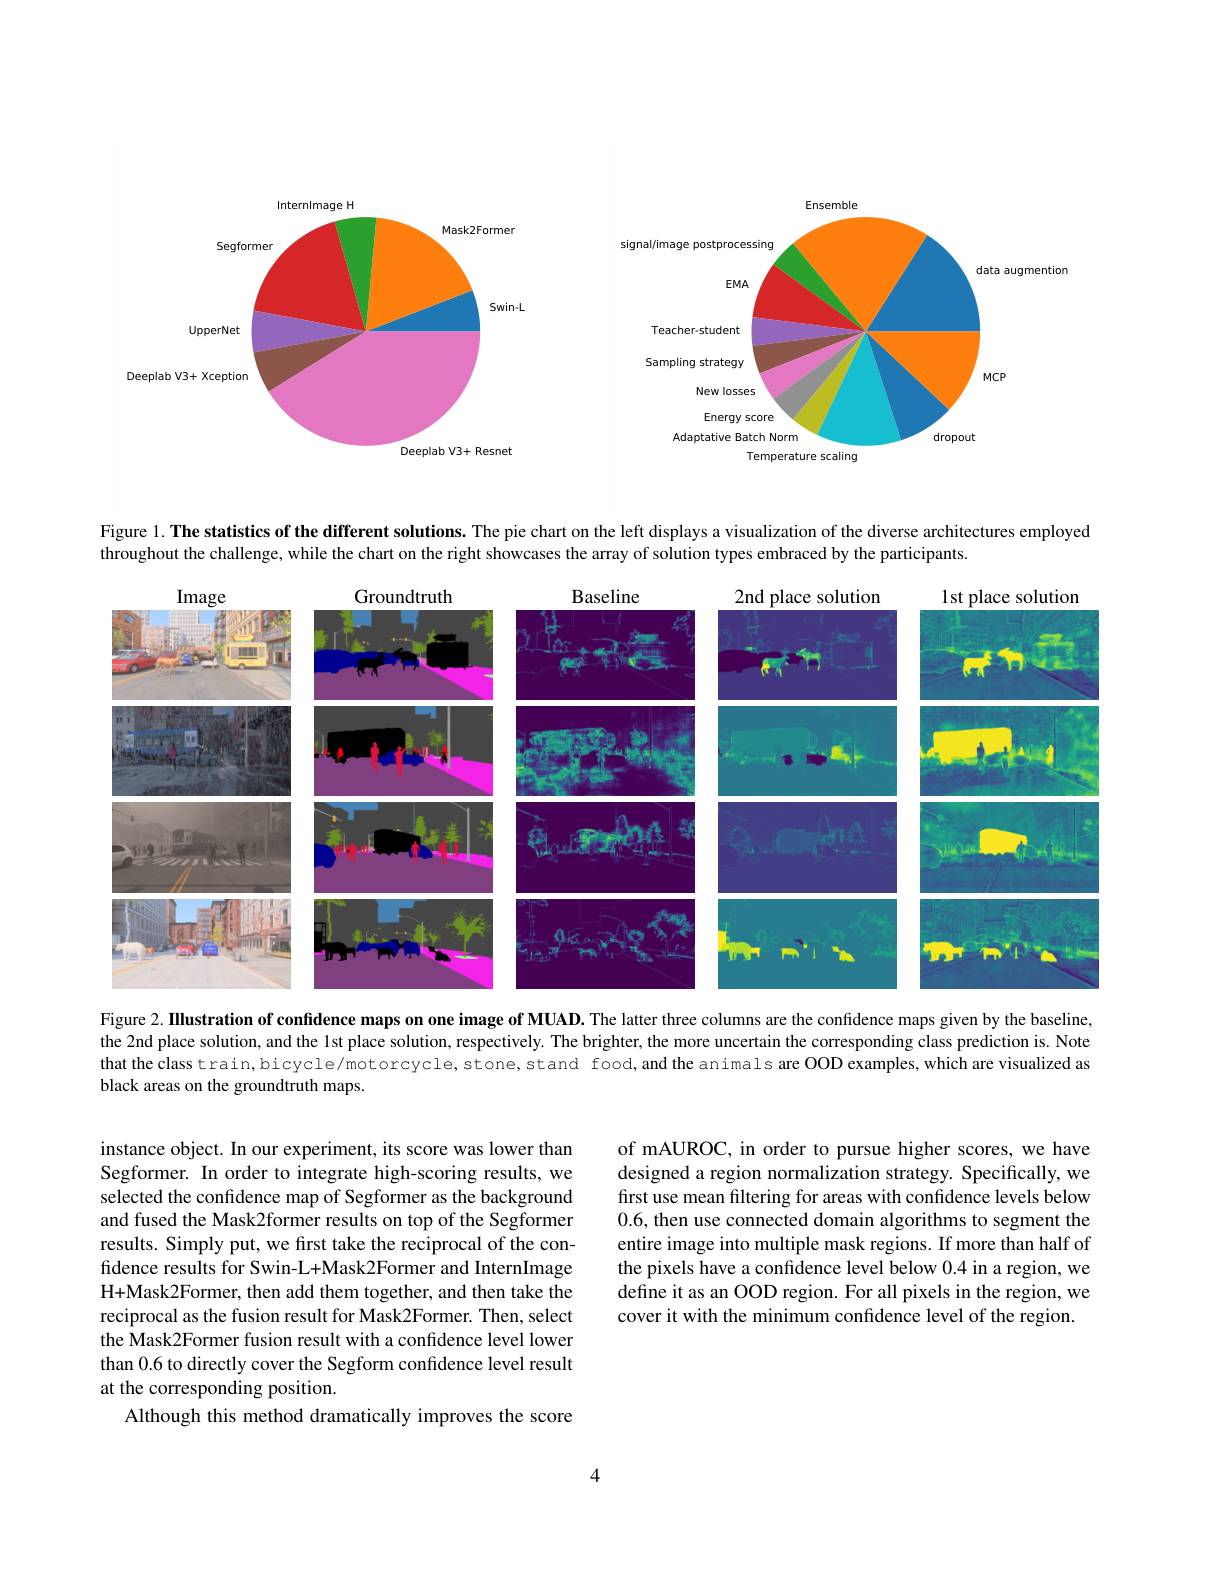
<FigureHere>

Figure 1. The statistics of the different solutions. The pie chart on the left displays a visualization of the diverse architectures employed

throughout the challenge, while the chart on the right showcases the array of solution types embraced by the participants.
<FigureHere>

Figure 2. Illustration of confidence maps on one image of MUAD. The latter three columns are the confidence maps given by the baseline, the 2nd place solution, and the 1st place solution, respectively. The brighter, the more uncertain the corresponding class prediction is. Note that the class train, bicycle/motorcycle, stone, stand food, and the animals are OOD examples, which are visualized as black areas on the groundtruth maps.

of mAUROC, in order to pursue higher scores, we have designed a region normalization strategy. Specifically, we first use mean filtering for areas with confidence levels below 0.6, then use connected domain algorithms to segment the entire image into multiple mask regions. If more than half of the pixels have a confidence level below 0.4 in a region, we define it as an OOD region. For all pixels in the region, we cover it with the minimum confidence level of the region.

instance object. In our experiment, its score was lower than Segformer. In order to integrate high-scoring results, we selected the confidence map of Segformer as the background and fused the Mask2former results on top of the Segformer results. Simply put, we first take the reciprocal of the confidence results for Swin-L+Mask2Former and InternImage H+Mask2Former, then add them together, and then take the reciprocal as the fusion result for Mask2Former. Then, select the Mask2Former fusion result with a confidence level lower than 0.6 to directly cover the Segform confidence level result at the corresponding position.
Although this method dramatically improves the score

4